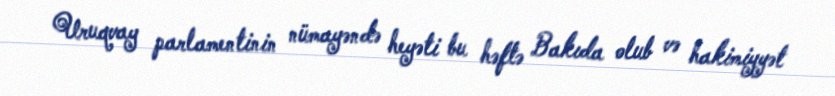
Uruqvay parlamentinin nümayəndə heyəti bu həftə Bakıda olub və hakimiyyət